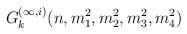
LaTeX: \begin{align*}G_k^{(\infty,i)}(n,m_1^2,m_2^2,m_3^2,m_4^2)\end{align*}